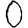
Digit: 0